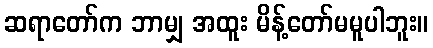
ဆရာတော်က ဘာမျှ အထူး မိန့်တော်မမူပါဘူး။